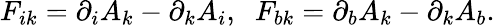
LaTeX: F_{ik}=\partial_{i}A_{k}-\partial_{k}A_{i},\; \; F_{bk}=\partial_{b}A_{k}-\partial_{k}A_{b}.